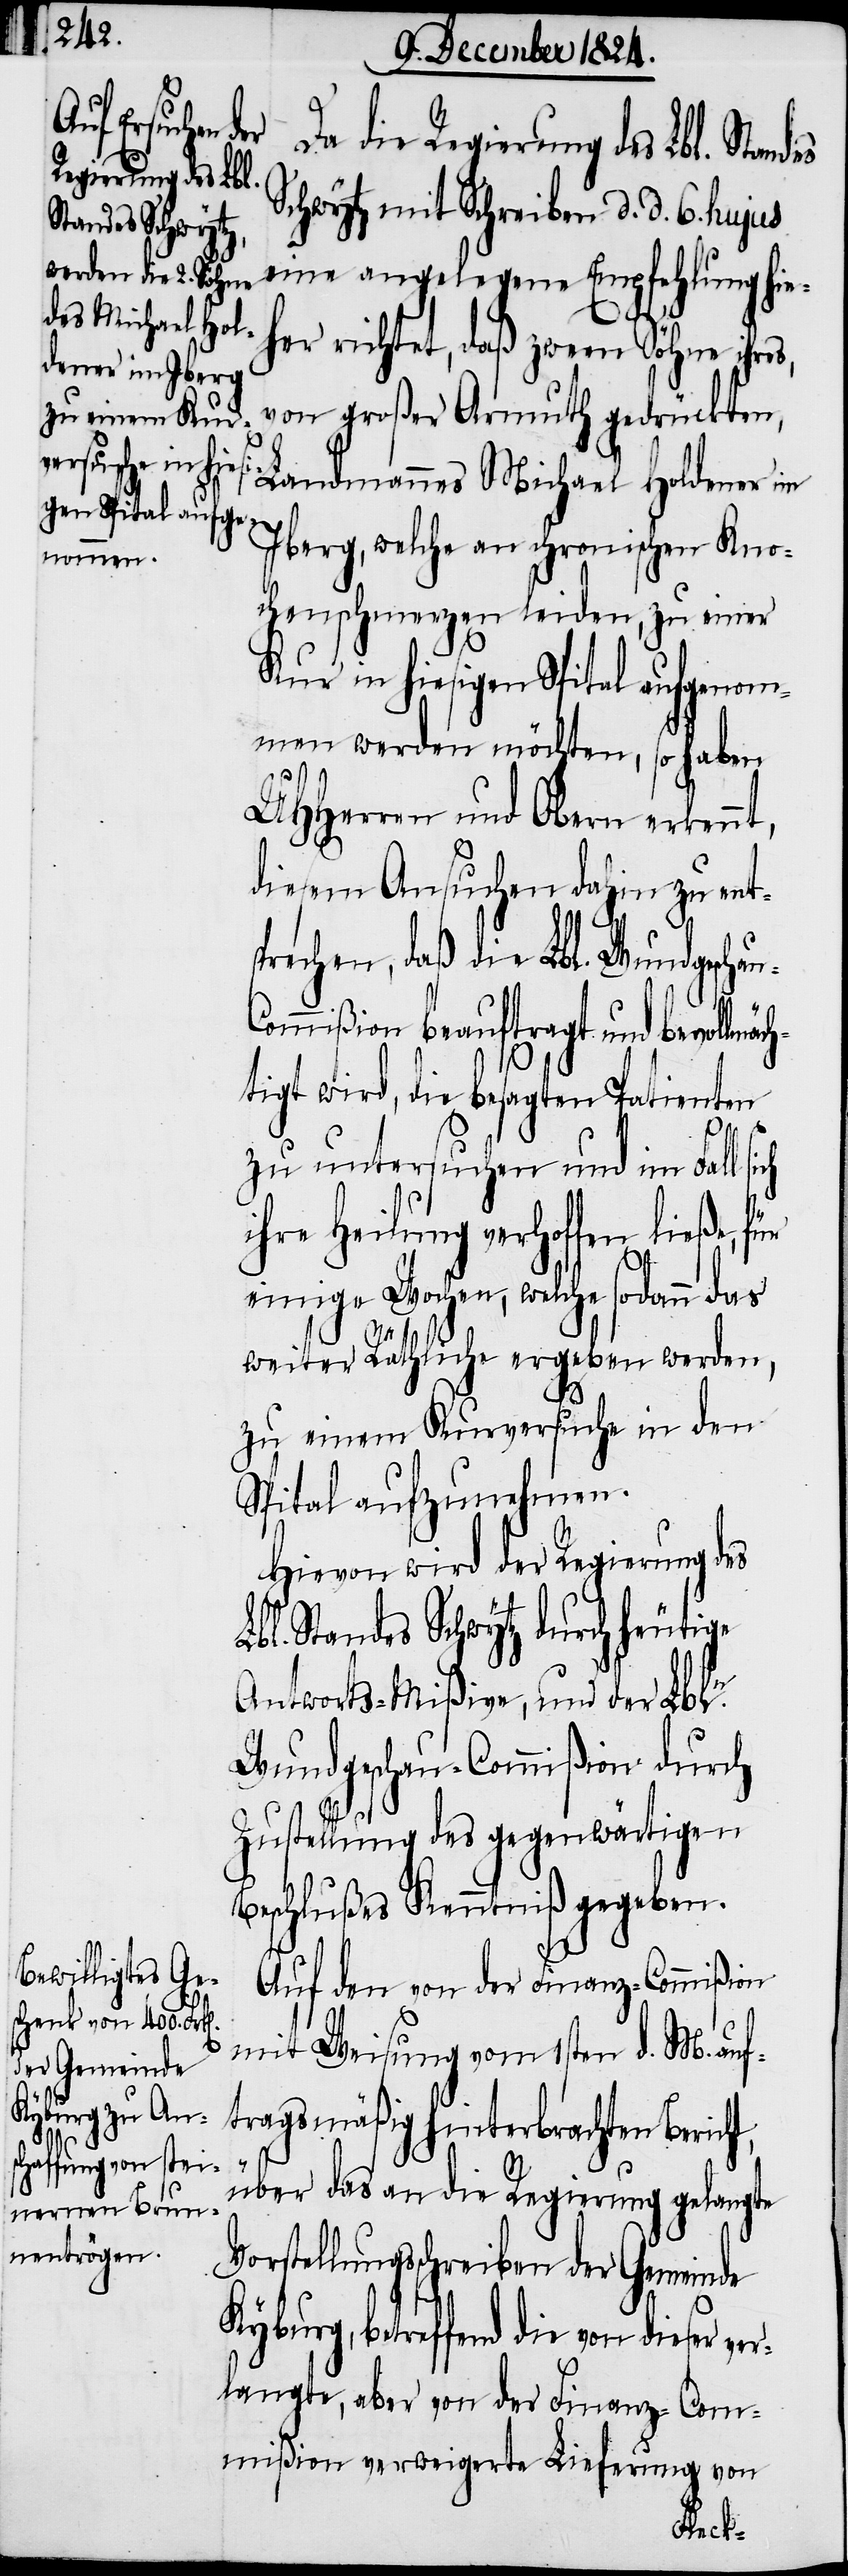
Regierung des Lbl.

Schwytz mit Schreiben d. d. 6. hujus
eine angelegene Empfehlung hie¬
her richtet, daß zween Söhne ihres,
von großer Armuth gedrückten,
Landmannes Michael Holdener im
Iberg, welche an chronischen Kno¬
chenschmerzen leiden, zu einer
Kur in hiesigen Spital aufgenom¬
men werden möchten, so haben
UHHerren und Obern erkenn¬
diesem Ansuchen dahin zu ent¬
sprechen, daß die Lbl. Wundschau-C¬
ommißion beauftragt und bevoll¬
tigt wird, die besagten Patienten
zu untersuchen und im Fall
ihre Heilung verhoffen ließe,
einige Wochen, welche sodann das
weiter Räthliche ergeben werden,
zu einem Kurversuche in den
Spital aufzunehmen.
Hievon wird der Regierung des
Lbl. Standes Schwytz durch heutige
Antworts-Mißive, und der Lbln.
Wundschau-Commißion durch
Zustellung des gegenwärtigen
Beschlußes Kenntniß gegeben.
mäch¬